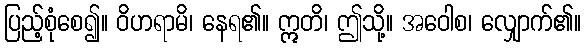
ပြည့်စုံစေ၍။ ဝိဟရာမိ၊ နေရ၏။ ဣတိ၊ ဤသို့။ အဝေါစ၊ လျှောက်၏။